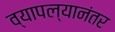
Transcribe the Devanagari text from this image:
व्यापल्यानंतर